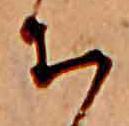
ち